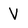
Character: V